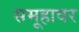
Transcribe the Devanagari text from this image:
समूहावर